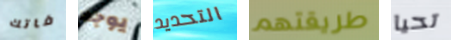
فاتك يوجد التحديد طريقتهم تحيا